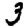
Digit: 3